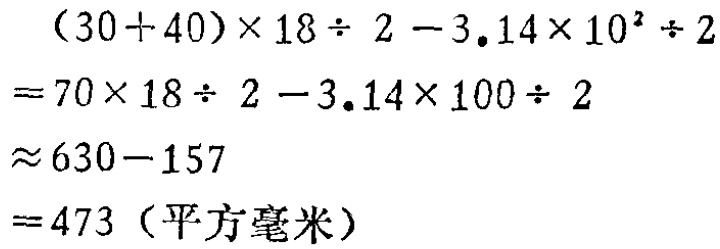
\[

\begin{align*}

&(30 + 40)\times18\div2 - 3.14\times10^{2}\div2\\

=&70\times18\div2 - 3.14\times100\div2\\

\approx&630 - 157\\

=&473 (\text{平方毫米})

\end{align*}

\]